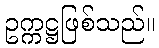
ဥက္ကဋ္ဌဖြစ်သည်။